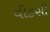
વીકસી